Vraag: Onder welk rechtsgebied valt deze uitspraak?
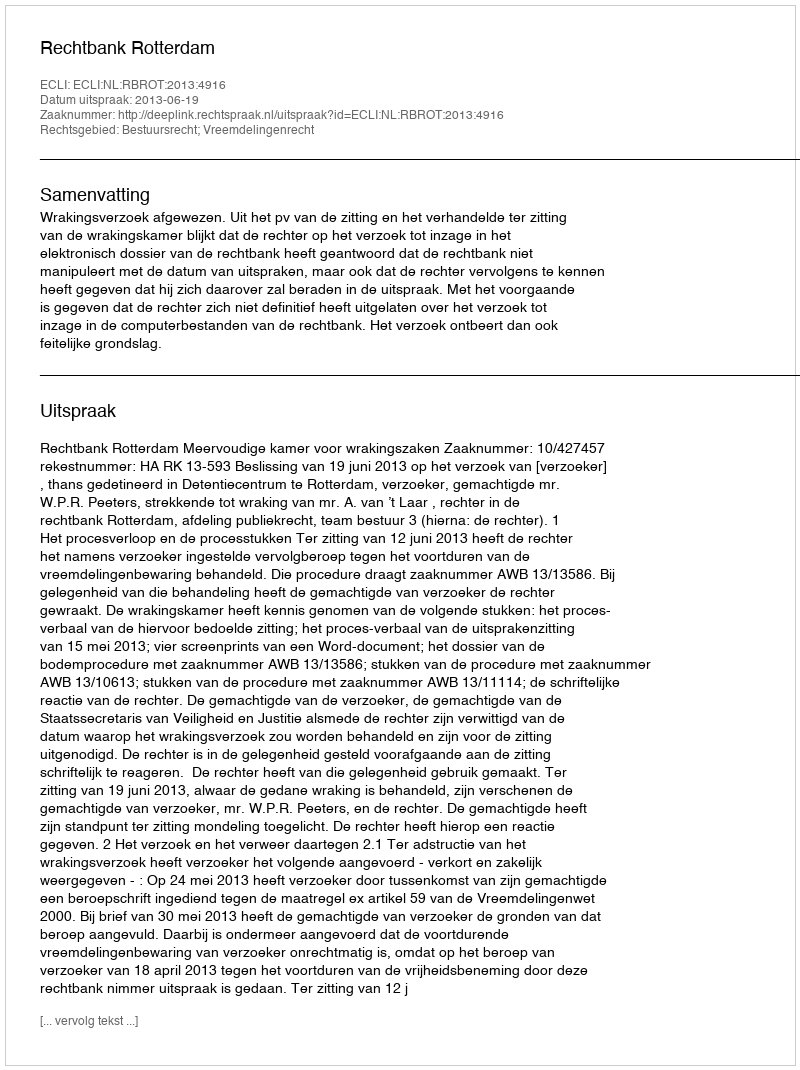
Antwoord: Bestuursrecht; Vreemdelingenrecht